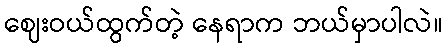
ဈေးဝယ်ထွက်တဲ့ နေရာက ဘယ်မှာပါလဲ။